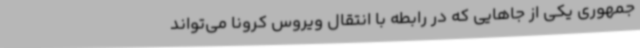
‌جمهوری یکی از جاهایی که در رابطه با انتقال ویروس کرونا می‌تواند